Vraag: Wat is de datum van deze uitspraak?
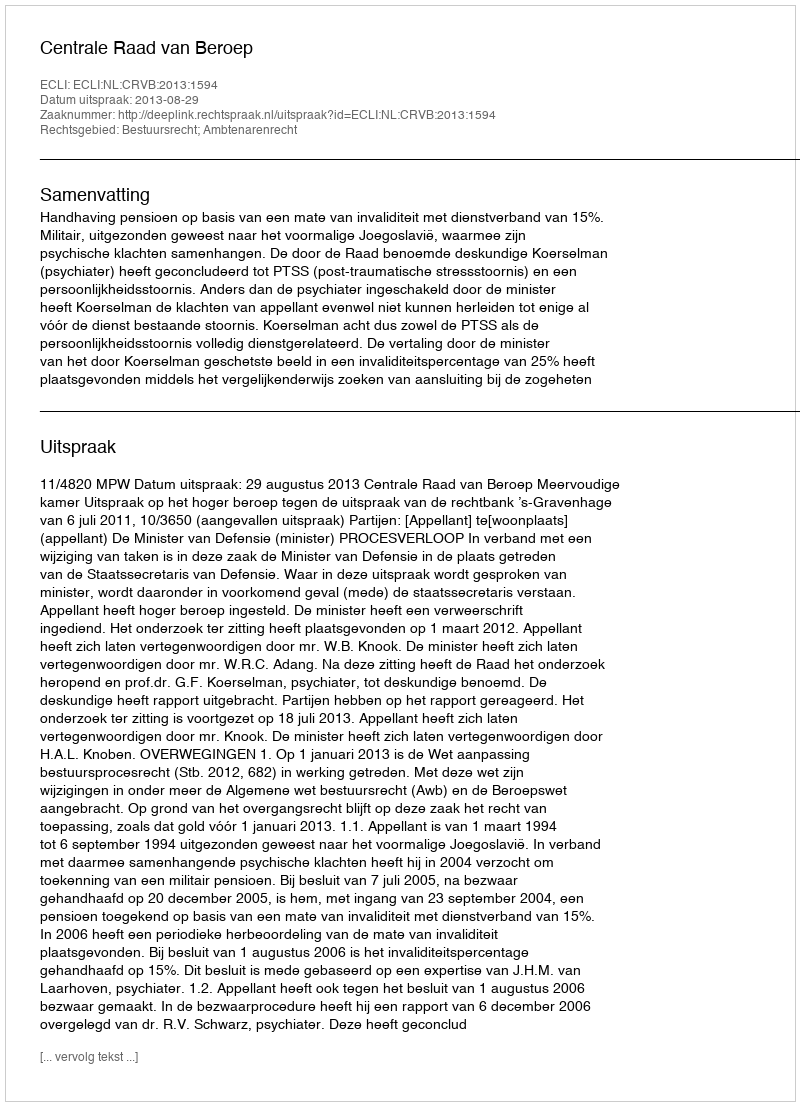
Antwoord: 2013-08-29